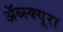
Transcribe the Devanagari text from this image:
ॲब्स्क्यूरा